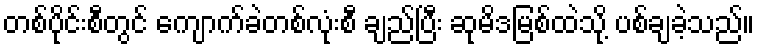
တစ်ပိုင်းစီတွင် ကျောက်ခဲတစ်လုံးစီ ချည်ပြီး ဆုမိဒမြစ်ထဲသို့ ပစ်ချခဲ့သည်။